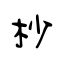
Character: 杪